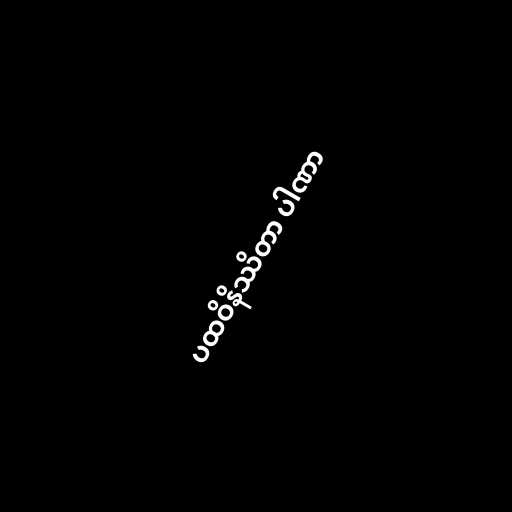
ပထဝိနိဿိတာ ပါဏာ